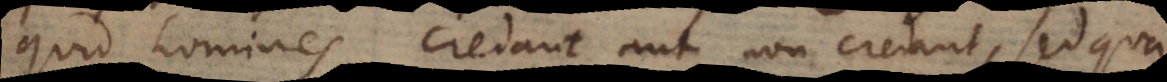
quid homines credant aut non credant, sed qua